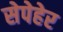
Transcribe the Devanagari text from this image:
सेपेहेर